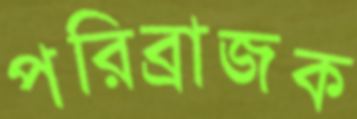
পরিব্রাজক